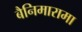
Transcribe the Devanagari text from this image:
बैनिमारामा